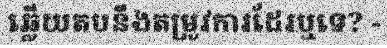
ឆ្លើយតបនឹងតម្រូវការដែរឬទេ? -